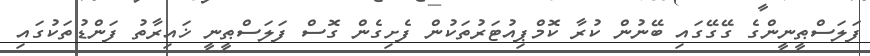
ފަލަސްޠީނީންގެ ގޭގޭގައި ބޭނުން ކުރާ ކޮމްޕިއުޓަރުތަކުން ފެށިގެން ގޮސް ފަލަސްޠީނީ ޚައިރާތު ފަންޑުތަކުގައި